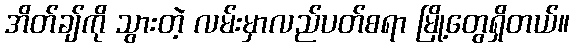
အိတ်ချ်ကို သွားတဲ့ လမ်းမှာလည်ပတ်စရာ မြို့တွေရှိတယ်။